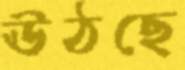
ঊঠছে